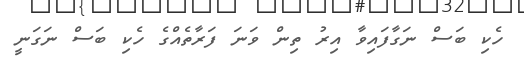
ހެކި ބަސް ނަގާފައިވާ އިރު ތިން ވަނަ ފަރާތެއްގެ ހެކި ބަސް ނަގަނީ